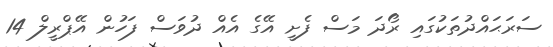
ސަރަޙައްދުތަކުގައި ރޯދަ މަސް ފެށީ އޭގެ އެއް ދުވަސް ފަހުން އޭޕްރީލް 14